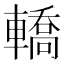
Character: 轎